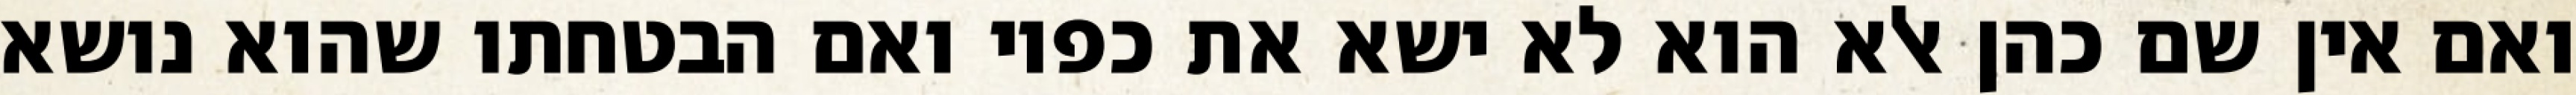
ואם אין שם כהן אלא הוא לא ישא את כפיו ואם הבטחתו שהוא נושא